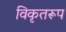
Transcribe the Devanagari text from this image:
विकृतरूप